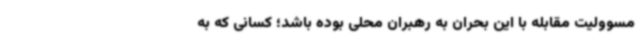
مسوولیت مقابله با این بحران به رهبران محلی بوده باشد؛ کسانی که به